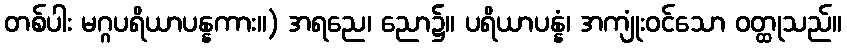
တစ်ပါး မဂ္ဂပရိယာပန္နကား။) အရညေ၊ ညော၌။ ပရိယာပန္နံ၊ အကျုံးဝင်သော ဝတ္ထုသည်။